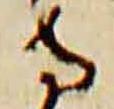
寺